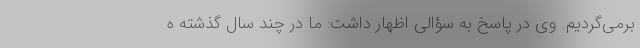
برمی‌گردیم. وی در پاسخ به سؤالی اظهار داشت: ما در چند سال گذشته ه